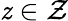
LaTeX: \mathit{z}\in{\mathcal{{Z}}}